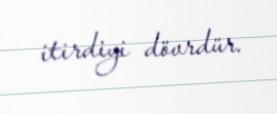
itirdiyi dövrdür.